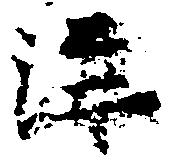
溝